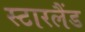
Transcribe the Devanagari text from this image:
स्टारलैंड